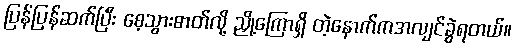
ပြန်ပြန်ဆက်ပြီး စေ့သွားဓာတ်လို့ ညှို့ကြောရှိ တဲ့နောက်ကအလျင်ခွဲရတယ်။